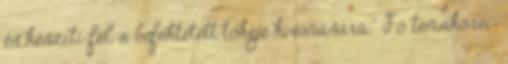
és készíti fel a befektetett tőkéje kivonására." Fő témakörei: